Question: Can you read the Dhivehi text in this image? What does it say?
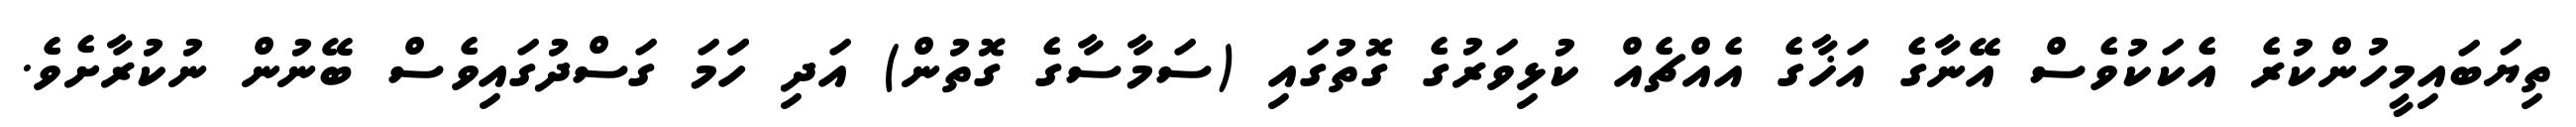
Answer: ތިޔަބައިމީހުންކުރެ އެކަކުވެސް އޭނާގެ އަޚާގެ އެއްޗެއް ކުޅިވަރުގެ ގޮތުގައި (ސަމާސާގެ ގޮތުން) އަދި ހަަމަ ގަސްދުގައިވެސް ބޭނުން ނުކުރާށެވެ.